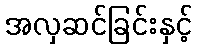
အလှဆင်ခြင်းနှင့်